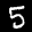
Label: 5